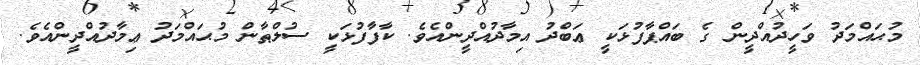
މުޙައްމަދު ވަހީދުއްދީން ގެ ބައްޕާފުޅަކީ ޢަބްދު އިމާދުއްދީންއެވެ. ކާފާފުޅަކީ ސުލްޠާން މުޙައްމަދު ޢިމާދުއްދީންއެވެ.